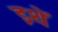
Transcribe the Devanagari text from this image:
इथें